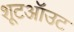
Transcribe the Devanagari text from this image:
शूटऑउट